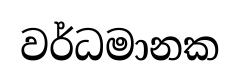
වර්ධමානක